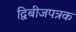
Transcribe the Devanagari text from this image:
द्विबीजपत्रक